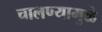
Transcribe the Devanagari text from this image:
चालण्यामुळे